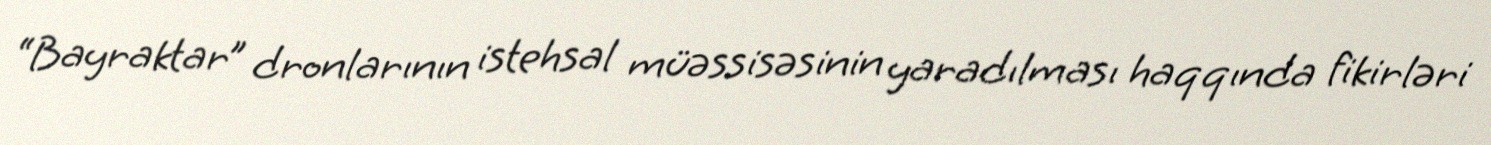
“Bayraktar” dronlarının istehsal müəssisəsinin yaradılması haqqında fikirləri